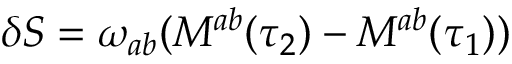
\delta S = \omega _ { a b } ( M ^ { a b } ( \tau _ { 2 } ) - M ^ { a b } ( \tau _ { 1 } ) )